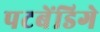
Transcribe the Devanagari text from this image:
पटबेंडिगे